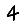
Digit: 4